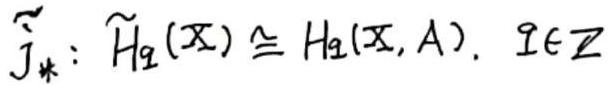
$\widetilde{j}_*: \widetilde{H}_q(X)\cong H_q(X,A),\ q\in\mathbb{Z}$